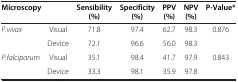
<table><thead><tr><td colspan="2"><b>Microscopy</b></td><td><b>Sensibility (%)</b></td><td><b>Specificity (%)</b></td><td><b>PPV (%)</b></td><td><b>NPV (%)</b></td><td><b>P-Value*</b></td></tr></thead><tbody><tr><td rowspan="2"><i>P.vivax</i></td><td>Visual</td><td>71.8</td><td>97.4</td><td>62.7</td><td>98.3</td><td rowspan="2">0.876</td></tr><tr><td>Device</td><td>72.1</td><td>96.6</td><td>56.0</td><td>98.3</td></tr><tr><td rowspan="2"><i>P.falciparum</i></td><td>Visual</td><td>35.1</td><td>98.4</td><td>41.7</td><td>97.9</td><td>0.843</td></tr><tr><td>Device</td><td>33.3</td><td>98.1</td><td>35.9</td><td>97.8</td><td> </td></tr></tbody></table>